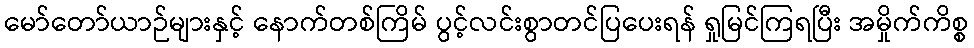
မော်တော်ယာဉ်များနှင့် နောက်တစ်ကြိမ် ပွင့်လင်းစွာတင်ပြပေးရန် ရှုမြင်ကြရပြီး အမှိုက်ကိစ္စ